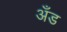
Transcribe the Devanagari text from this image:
अँड